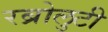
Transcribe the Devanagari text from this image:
रब्रोलुटी